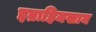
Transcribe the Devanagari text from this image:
इब्राहिमखान